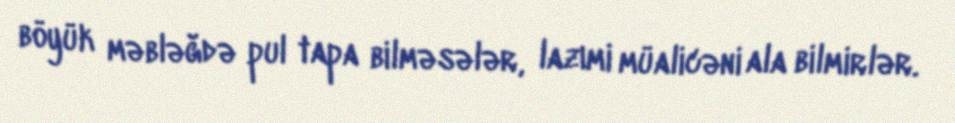
böyük məbləğdə pul tapa bilməsələr, lazımi müalicəni ala bilmirlər.